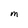
Character: M